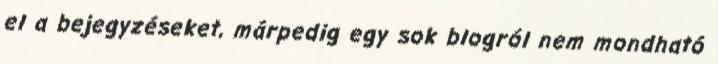
el a bejegyzéseket, márpedig egy sok blogról nem mondható